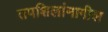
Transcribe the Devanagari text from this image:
तपशिलांमागील